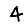
Digit: 4